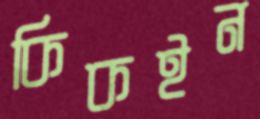
কিকইন